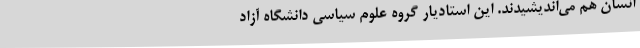
انسان هم می‌اندیشیدند. این استادیار گروه علوم سیاسی دانشگاه آزاد